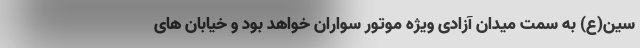
سین(ع) به سمت میدان آزادی ویژه موتور سواران خواهد بود و خیابان های